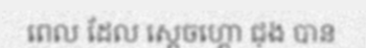
ពេល ដែល ស្តេចហ្គោ ជុង បាន